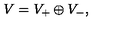
V = V _ { + } \oplus V _ { - } ,